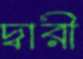
দ্বারী